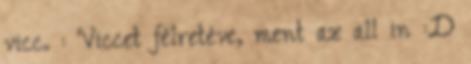
vicc. : Viccet félretéve, ment az all in :D